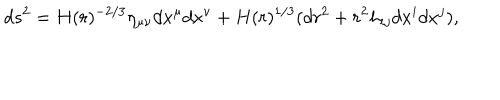
LaTeX: d s ^ { 2 } = H ( r ) ^ { - 2 / 3 } \eta _ { \mu \nu } d x ^ { \mu } d x ^ { \nu } + H ( r ) ^ { 1 / 3 } ( d r ^ { 2 } + r ^ { 2 } h _ { i j } d x ^ { i } d x ^ { j } ) ,